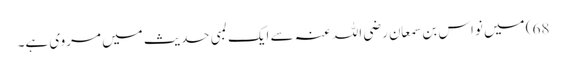
68) میں نواس بن سمعان رضی اللہ عنہ سے ایک لمبی حدیث میں مروی ہے۔